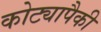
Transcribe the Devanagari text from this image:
कोट्यापैकी